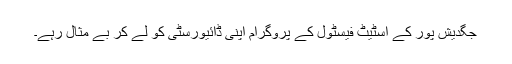
جگدیش پور کے اسٹیٹ فیسٹول کے پروگرام اپنی ڈائیورسٹی کو لے کر بے مثال رہے۔